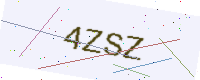
Text: 4ZSZ